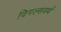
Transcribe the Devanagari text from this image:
विगल्सवर्थ